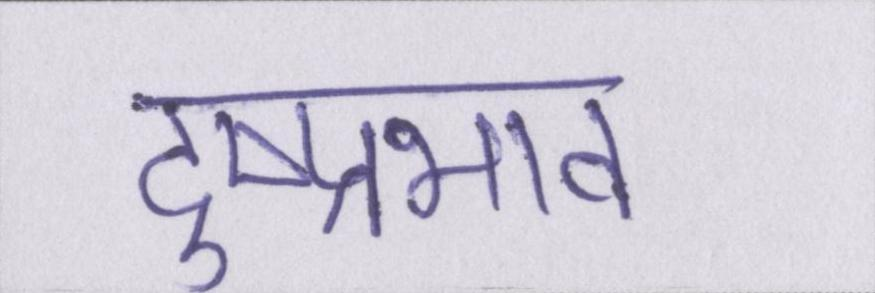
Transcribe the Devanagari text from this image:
दुष्प्रभाव